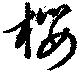
桜